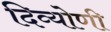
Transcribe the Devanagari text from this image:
दिव्योणी